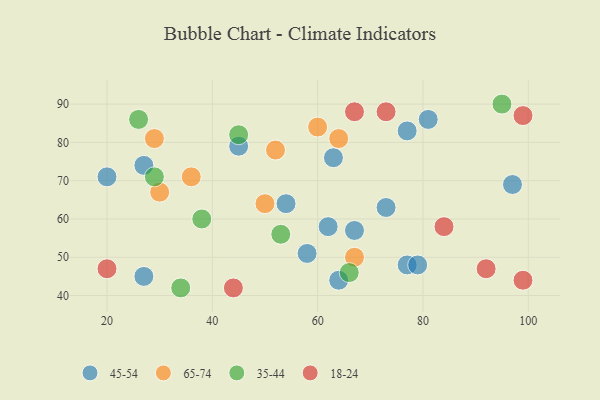
{"axis": {"x": "GDP", "y": "Life Expectancy"}, "legend": ["18-24", "35-44", "45-54", "65-74"], "data": [{"x": "67", "y": 57, "type": "45-54"}, {"x": "77", "y": 48, "type": "45-54"}, {"x": "54", "y": 64, "type": "45-54"}, {"x": "73", "y": 63, "type": "45-54"}, {"x": "77", "y": 83, "type": "45-54"}, {"x": "64", "y": 44, "type": "45-54"}, {"x": "27", "y": 45, "type": "45-54"}, {"x": "62", "y": 58, "type": "45-54"}, {"x": "20", "y": 71, "type": "45-54"}, {"x": "27", "y": 74, "type": "45-54"}, {"x": "81", "y": 86, "type": "45-54"}, {"x": "45", "y": 79, "type": "45-54"}, {"x": "79", "y": 48, "type": "45-54"}, {"x": "63", "y": 76, "type": "45-54"}, {"x": "58", "y": 51, "type": "45-54"}, {"x": "97", "y": 69, "type": "45-54"}, {"x": "50", "y": 64, "type": "65-74"}, {"x": "36", "y": 71, "type": "65-74"}, {"x": "60", "y": 84, "type": "65-74"}, {"x": "30", "y": 67, "type": "65-74"}, {"x": "29", "y": 81, "type": "65-74"}, {"x": "52", "y": 78, "type": "65-74"}, {"x": "64", "y": 81, "type": "65-74"}, {"x": "67", "y": 50, "type": "65-74"}, {"x": "45", "y": 82, "type": "35-44"}, {"x": "38", "y": 60, "type": "35-44"}, {"x": "29", "y": 71, "type": "35-44"}, {"x": "95", "y": 90, "type": "35-44"}, {"x": "53", "y": 56, "type": "35-44"}, {"x": "66", "y": 46, "type": "35-44"}, {"x": "34", "y": 42, "type": "35-44"}, {"x": "26", "y": 86, "type": "35-44"}, {"x": "67", "y": 88, "type": "18-24"}, {"x": "92", "y": 47, "type": "18-24"}, {"x": "73", "y": 88, "type": "18-24"}, {"x": "99", "y": 87, "type": "18-24"}, {"x": "20", "y": 47, "type": "18-24"}, {"x": "44", "y": 42, "type": "18-24"}, {"x": "84", "y": 58, "type": "18-24"}, {"x": "99", "y": 44, "type": "18-24"}]}